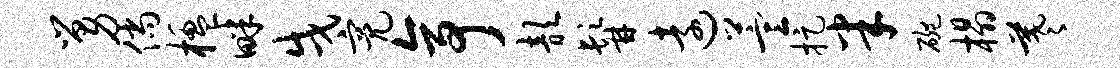
舅倘楹畔戌亮亭歆髯远萱捉半碗榻羲